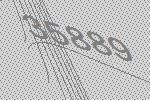
35889